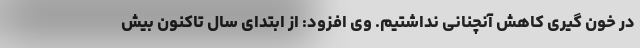
در خون گیری کاهش آنچنانی نداشتیم. وی افزود: از ابتدای سال تاکنون بیش